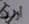
أرنب